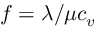
f = \lambda / \mu c _ { v }